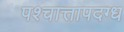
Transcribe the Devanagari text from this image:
पश्चात्तापदग्ध